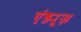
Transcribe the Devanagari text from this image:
एंड्र्यूज़